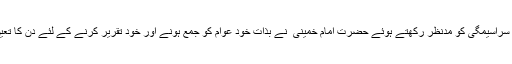
فضا کی سراسیمگی کو مدنظر رکھتے ہوئے حضرت امام خمینی ؒ نے بذات خود عوام کو جمع ہونے اور خود تقریر کرنے کے لئے دن کا تعین کردیا۔